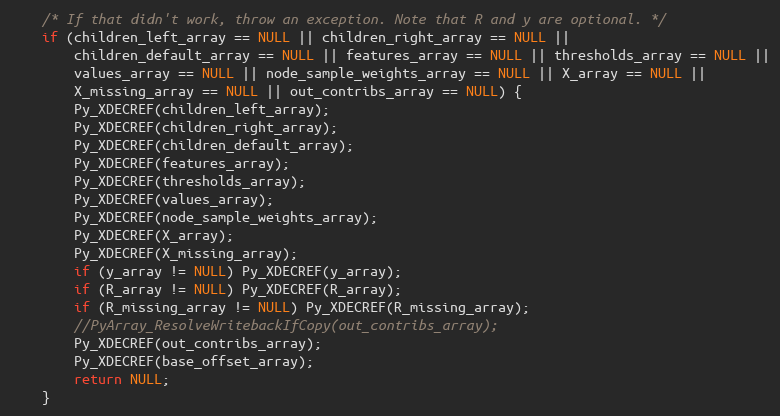
Language: C++
    /* If that didn't work, throw an exception. Note that R and y are optional. */
    if (children_left_array == NULL || children_right_array == NULL ||
        children_default_array == NULL || features_array == NULL || thresholds_array == NULL ||
        values_array == NULL || node_sample_weights_array == NULL || X_array == NULL ||
        X_missing_array == NULL || out_contribs_array == NULL) {
        Py_XDECREF(children_left_array);
        Py_XDECREF(children_right_array);
        Py_XDECREF(children_default_array);
        Py_XDECREF(features_array);
        Py_XDECREF(thresholds_array);
        Py_XDECREF(values_array);
        Py_XDECREF(node_sample_weights_array);
        Py_XDECREF(X_array);
        Py_XDECREF(X_missing_array);
        if (y_array != NULL) Py_XDECREF(y_array);
        if (R_array != NULL) Py_XDECREF(R_array);
        if (R_missing_array != NULL) Py_XDECREF(R_missing_array);
        //PyArray_ResolveWritebackIfCopy(out_contribs_array);
        Py_XDECREF(out_contribs_array);
        Py_XDECREF(base_offset_array);
        return NULL;
    }